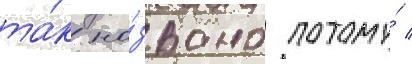
та́к на́звано потому́ /